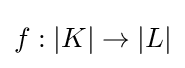
f:|K|\to |L|